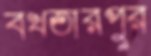
বখতারপুর